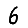
Digit: 6